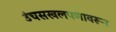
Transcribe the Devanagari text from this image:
उंचसखलपणावरून